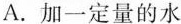
A. 加一定量的水